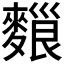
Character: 𪍔